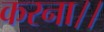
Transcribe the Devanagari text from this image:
करना।।